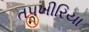
તપખીરિયા